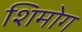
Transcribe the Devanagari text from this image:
शिमोग